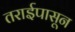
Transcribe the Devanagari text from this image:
तराईपासून